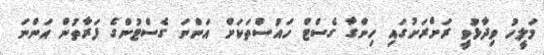
މަލީހު ވިދާޅުވީ ރަށްރަށުގައި ހިންގާ ގެސްޓް ހައުސްތަކަށް އަންނަ ގެސްޓުންގެ ފަރާތުން އަންނަ